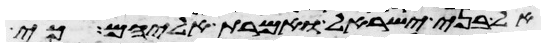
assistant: אל בני ישראל ואמרת אליהם כי